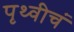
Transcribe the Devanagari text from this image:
पृथ्वीचं